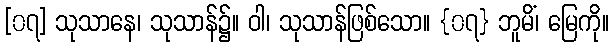
[၀၇] သုသာနေ၊ သုသာန်၌။ ဝါ၊ သုသာန်ဖြစ်သော။ {၀၇} ဘူမိံ၊ မြေကို။